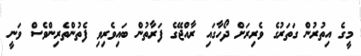
މީގެ އިތުރުން ގަތަރުގެ ވެރިރަށް ދޯހާގައި ރާއްޖޭގެ ފަރާތުން ބައިވެރިވި ފެތުންތެރިންވެސް ވަނީ